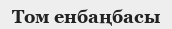
Том енбаңбасы